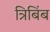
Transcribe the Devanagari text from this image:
त्रिबिंब